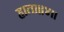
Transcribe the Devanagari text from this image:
हाता॥४॥